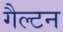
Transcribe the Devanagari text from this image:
गैल्टन